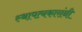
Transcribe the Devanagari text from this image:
स्थापत्यकारांनी